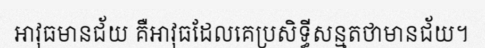
អាវុធមានជ័យ គឺអាវុធដែលគេប្រសិទ្ធីសន្មតថាមានជ័យ។